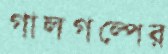
গালগল্পের